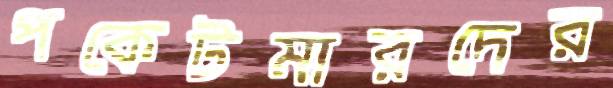
পকেটমারদের